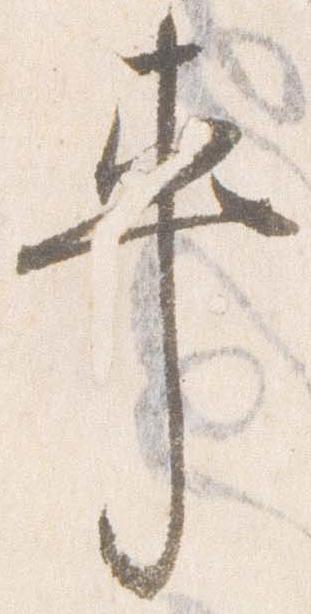
車